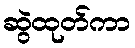
ဆွဲထုတ်ကာ